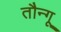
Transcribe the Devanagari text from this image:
तौन्गू